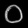
Digit: ၀